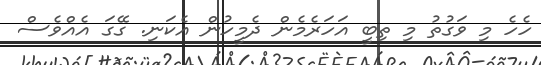
ހެހެ މި ވަގުތު މި ތިބީ އަހަރެމެން ދެމީހުން އެކަނި. ގޭގަ އެއްވެސް